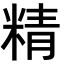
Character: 精